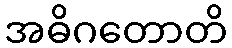
အဓိဂတောတိ